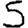
Digit: 5